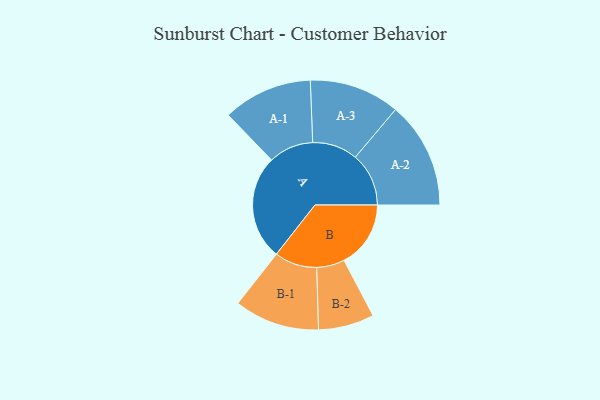
{"axis": {"x": "Segment", "y": "Value"}, "legend": ["", "A", "B"], "data": [{"x": "A", "y": 465, "type": ""}, {"x": "B", "y": 296, "type": ""}, {"x": "A-1", "y": 199, "type": "A"}, {"x": "A-2", "y": 237, "type": "A"}, {"x": "A-3", "y": 201, "type": "A"}, {"x": "B-1", "y": 189, "type": "B"}, {"x": "B-2", "y": 124, "type": "B"}]}